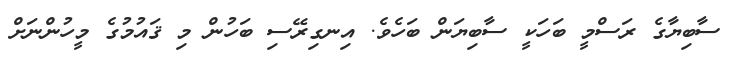
ސާބިޔާގެ ރަސްމީ ބަހަކީ ސާބިޔަން ބަހެވެ. އިނގިރޭސި ބަހުން މި ޤައުމުގެ މީހުންނަށް